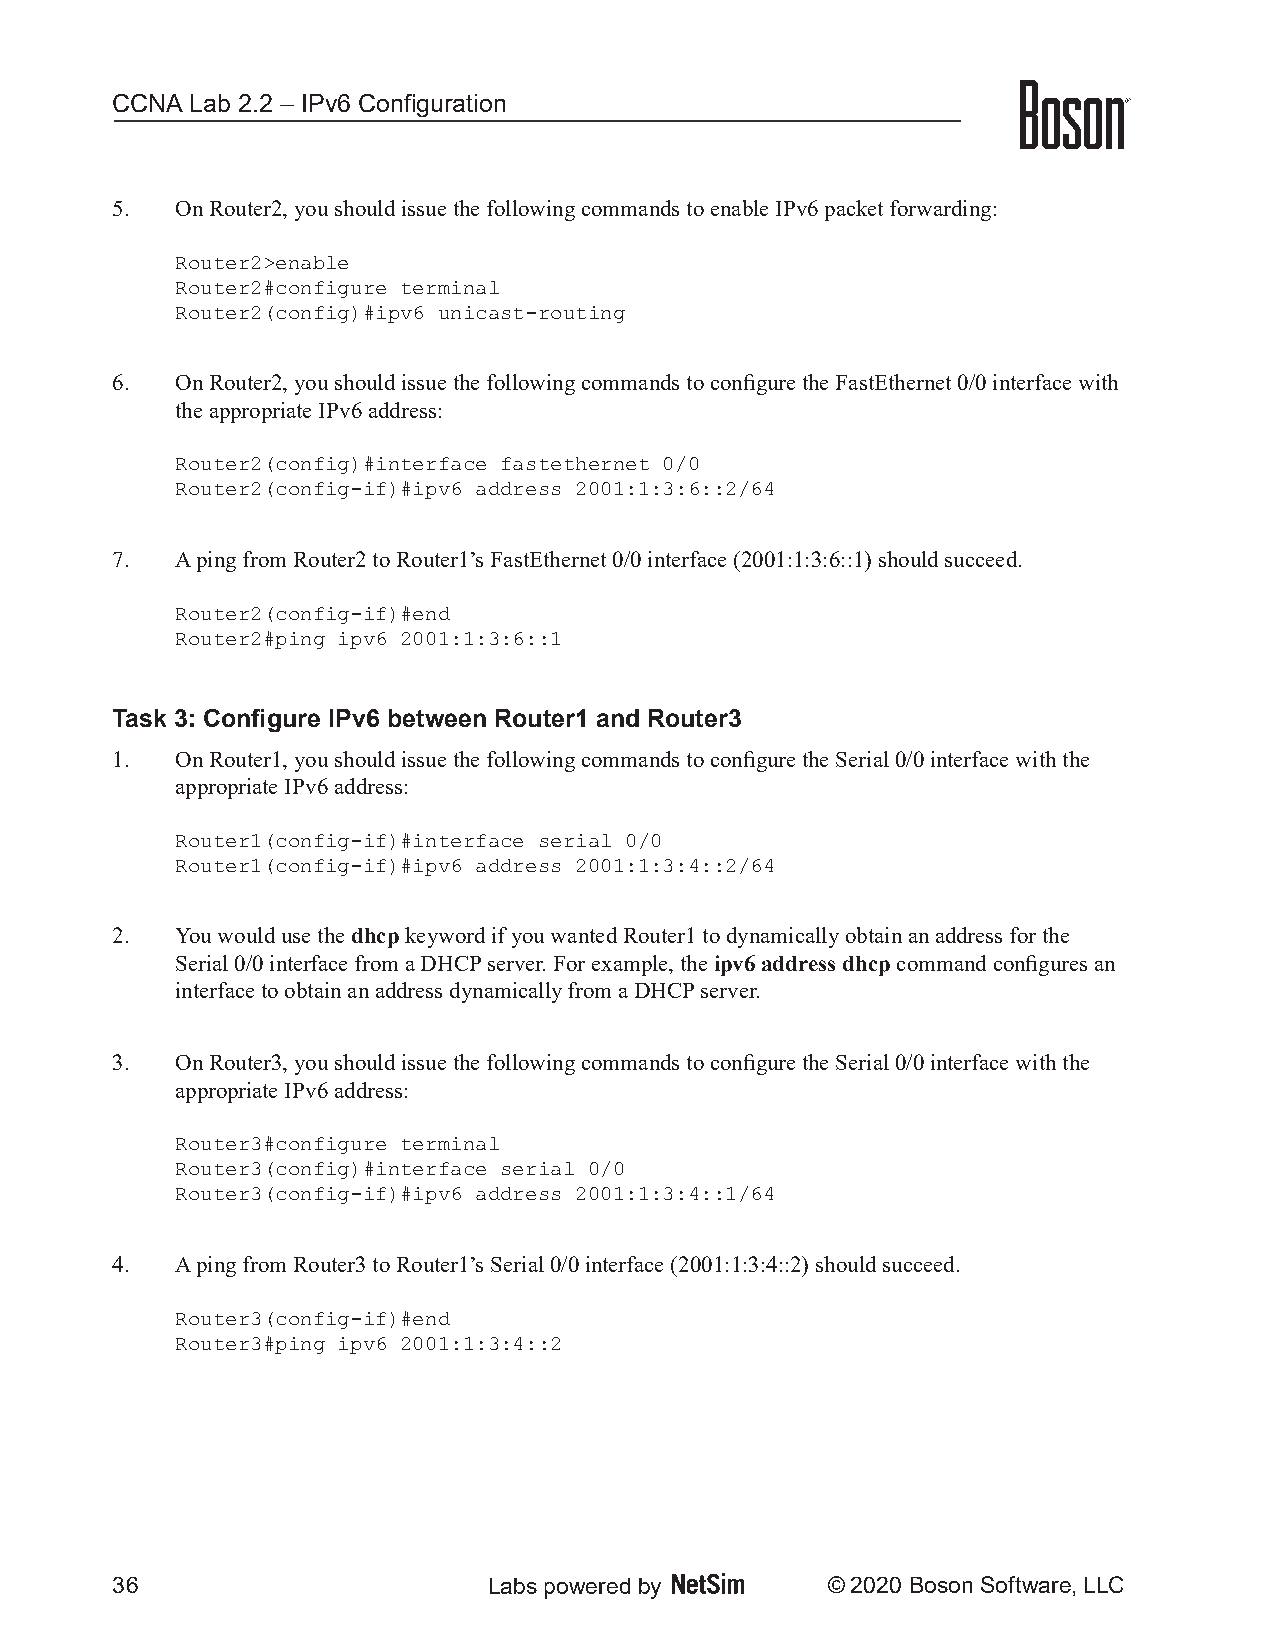
CCNA  Lab 2.2 – IPv6 Configuration
 5.   On Router2, you should issue the following commands to enable IPv6 packet forwarding:
 Router2>enable
 Router2#configure terminal
 Router2(config)#ipv6 unicast-routing
 6.   On Router2, you should issue the following commands to configure the FastEthernet 0/0 interface with
 the appropriate IPv6 address:
 Router2(config)#interface fastethernet 0/0
 Router2(config-if)#ipv6 address 2001:1:3:6::2/64
 7.   A ping from Router2 to Router1’s FastEthernet 0/0 interface (2001:1:3:6::1) should succeed.
 Router2(config-if)#end
 Router2#ping ipv6 2001:1:3:6::1
 Task 3: Configure IPv6 between Router1 and Router3
 1.   On Router1, you should issue the following commands to configure the Serial 0/0 interface with the
 appropriate IPv6 address:
 Router1(config-if)#interface serial 0/0
 Router1(config-if)#ipv6 address 2001:1:3:4::2/64
 2.   You would use the dhcp keyword if you wanted Router1 to dynamically obtain an address for the
 Serial 0/0 interface from a DHCP server. For example, the ipv6 address dhcp command configures an
 interface to obtain an address dynamically from a DHCP server.
 3.   On Router3, you should issue the following commands to configure the Serial 0/0 interface with the
 appropriate IPv6 address:
 Router3#configure terminal
 Router3(config)#interface serial 0/0
 Router3(config-if)#ipv6 address 2001:1:3:4::1/64
 4.   A ping from Router3 to Router1’s Serial 0/0 interface (2001:1:3:4::2) should succeed.
 Router3(config-if)#end
 Router3#ping ipv6 2001:1:3:4::2
 36                       Labs powered by        © 2020 Boson Software, LLC